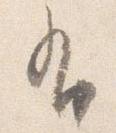
有